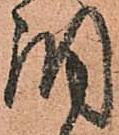
調